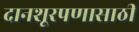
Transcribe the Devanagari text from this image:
दानशूरपणासाठी